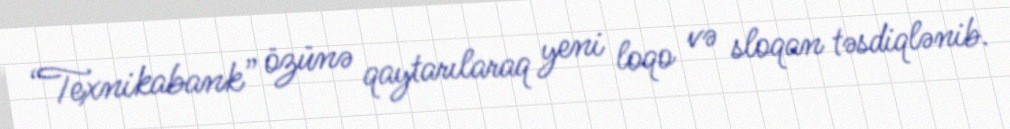
“Texnikabank” özünə qaytarılaraq yeni loqo və sloqan təsdiqlənib.